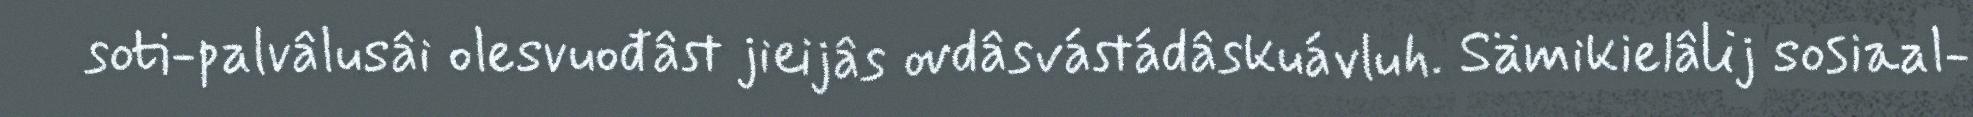
soti-palvâlusâi olesvuođâst jieijâs ovdâsvástádâskuávluh. Sämikielâlij sosiaal-